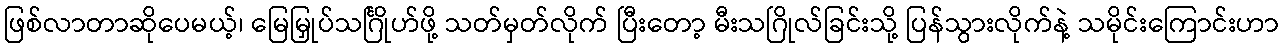
ဖြစ်လာတာဆိုပေမယ့်၊ မြေမြှုပ်သင်္ဂြိုဟ်ဖို့ သတ်မှတ်လိုက် ပြီးတော့ မီးသဂြိုလ်ခြင်းသို့ ပြန်သွားလိုက်နဲ့ သမိုင်းကြောင်းဟာ